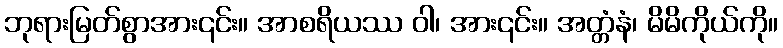
ဘုရားမြတ်စွာအား၎င်း။ အာစရိယဿ ဝါ၊ အား၎င်း။ အတ္တံနံ၊ မိမိကိုယ်ကို။